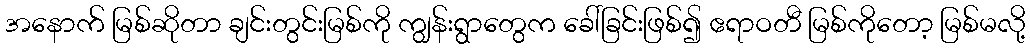
အနောက် မြစ်ဆိုတာ ချင်းတွင်းမြစ်ကို ကျွန်းရွာတွေက ခေါ်ခြင်းဖြစ်၍ ဧရာဝတီ မြစ်ကိုတော့ မြစ်မလို့